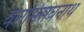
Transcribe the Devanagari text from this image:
वरामिसंघनाथ